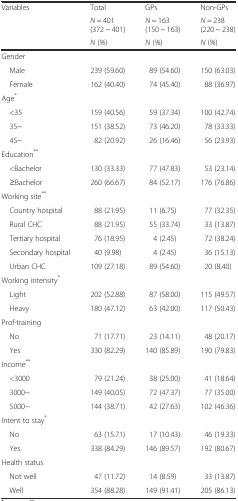
<table><thead><tr><td rowspan="3"><b>Variables</b></td><td><b>Total</b></td><td><b>GPs</b></td><td><b>Non-GPs</b></td></tr><tr><td><b><i>N</i> = 401(372 ~ 401)</b></td><td><b><i>N</i> = 163(150 ~ 163)</b></td><td><b><i>N</i> = 238(220 ~ 238)</b></td></tr><tr><td><b><i>N </i>(<i>%</i>)</b></td><td><b><i>N </i>(<i>%</i>)</b></td><td><b><i>N </i>(<i>%</i>)</b></td></tr></thead><tbody><tr><td>Gender</td><td></td><td></td><td></td></tr><tr><td> Male</td><td>239 (59.60)</td><td>89 (54.60)</td><td>150 (63.03)</td></tr><tr><td> Female</td><td>162 (40.40)</td><td>74 (45.40)</td><td>88 (36.97)</td></tr><tr><td>Age<sup>*</sup></td><td></td><td></td><td></td></tr><tr><td> &lt;35</td><td>159 (40.56)</td><td>59 (37.34)</td><td>100 (42.74)</td></tr><tr><td> 35~</td><td>151 (38.52)</td><td>73 (46.20)</td><td>78 (33.33)</td></tr><tr><td> 45~</td><td>82 (20.92)</td><td>26 (16.46)</td><td>56 (23.93)</td></tr><tr><td>Education<sup>**</sup></td><td></td><td></td><td></td></tr><tr><td> &lt;Bachelor</td><td>130 (33.33)</td><td>77 (47.83)</td><td>53 (23.14)</td></tr><tr><td> ≥Bachelor</td><td>260 (66.67)</td><td>84 (52.17)</td><td>176 (76.86)</td></tr><tr><td>Working site<sup>**</sup></td><td></td><td></td><td></td></tr><tr><td> Country hospital</td><td>88 (21.95)</td><td>11 (6.75)</td><td>77 (32.35)</td></tr><tr><td> Rural CHC</td><td>88 (21.95)</td><td>55 (33.74)</td><td>33 (13.87)</td></tr><tr><td> Tertiary hospital</td><td>76 (18.95)</td><td>4 (2.45)</td><td>72 (38.24)</td></tr><tr><td> Secondary hospital</td><td>40 (9.98)</td><td>4 (2.45)</td><td>36 (15.13)</td></tr><tr><td> Urban CHC</td><td>109 (27.18)</td><td>89 (54.60)</td><td>20 (8.40)</td></tr><tr><td>Working intensity<sup>*</sup></td><td></td><td></td><td></td></tr><tr><td> Light</td><td>202 (52.88)</td><td>87 (58.00)</td><td>115 (49.57)</td></tr><tr><td> Heavy</td><td>180 (47.12)</td><td>63 (42.00)</td><td>117 (50.43)</td></tr><tr><td>Prof-training</td><td></td><td></td><td></td></tr><tr><td> No</td><td>71 (17.71)</td><td>23 (14.11)</td><td>48 (20.17)</td></tr><tr><td> Yes</td><td>330 (82.29)</td><td>140 (85.89)</td><td>190 (79.83)</td></tr><tr><td>Income<sup>**</sup></td><td></td><td></td><td></td></tr><tr><td> &lt;3000</td><td>79 (21.24)</td><td>38 (25.00)</td><td>41 (18.64)</td></tr><tr><td> 3000~</td><td>149 (40.05)</td><td>72 (47.37)</td><td>77 (35.00)</td></tr><tr><td> 5000~</td><td>144 (38.71)</td><td>42 (27.63)</td><td>102 (46.36)</td></tr><tr><td>Intent to stay<sup>*</sup></td><td></td><td></td><td></td></tr><tr><td> No</td><td>63 (15.71)</td><td>17 (10.43)</td><td>46 (19.33)</td></tr><tr><td> Yes</td><td>338 (84.29)</td><td>146 (89.57)</td><td>192 (80.67)</td></tr><tr><td>Health status</td><td></td><td></td><td></td></tr><tr><td> Not well</td><td>47 (11.72)</td><td>14 (8.59)</td><td>33 (13.87)</td></tr><tr><td> Well</td><td>354 (88.28)</td><td>149 (91.41)</td><td>205 (86.13)</td></tr></tbody></table>